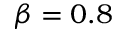
\beta = 0 . 8